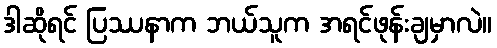
ဒါဆိုရင် ပြဿနာက ဘယ်သူက အရင်ဖုန်းချမှာလဲ။